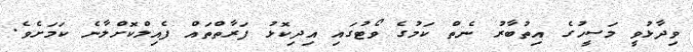
ވިދާޅުވީ މަސީހުގެ އިތުބާރު ނެތް ކަމުގެ ވޯޓުގައި އިދިކޮޅު ފަރާތްތައް ފެއިލްކޮށްލާނެ ކަމަށެވެ.